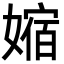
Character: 㜚